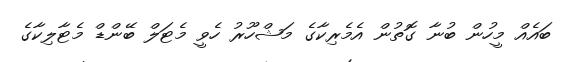
ބައެއް މީހުން ބުނާ ގޮތުން އެމެރިކާގެ މަޝްހޫރު ހެވީ މެޓަލް ބޭންޑް މެޓާލިކާގެ